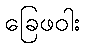
ခြေဖဝါး